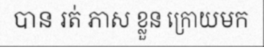
បាន រត់ ភាស ខ្លួន ក្រោយមក